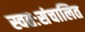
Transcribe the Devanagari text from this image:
स्वतःसंचालित